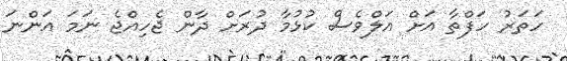
ހަތަރު ހަފްތާ އަށް އަލްވެސް ކުޅުމާ ދުރަށް ދާން ޖެހިއްޖެ ނަމަ އަންނަ